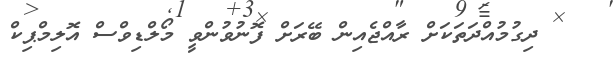
ދިގުމުއްދަތަކަށް ރާއްޖެއިން ބޭރަށް ފޮނުވުންވީ މޯލްޑިވްސް އޮލިމްޕިކް